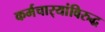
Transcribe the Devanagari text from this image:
कर्मचार्‍यांविरुद्ध